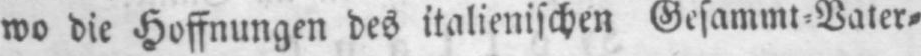
wo die Hoffnungen des italienischen Gesammt⸗Vater⸗